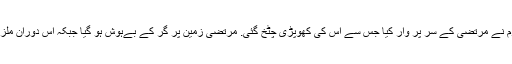
دھاتی سلاخوں سے مسلح ایک ملزم نے مرتضیٰ کے سر پر وار کیا جس سے اس کی کھوپڑی چٹخ گئی. مرتضیٰ زمین پر گر کے بےہوش ہو گیا جبکہ اس دوران ملزمان نے اس کو مارنا جاری رکھا۔